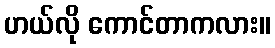
ဟယ်လို ကောင်တာကလား။